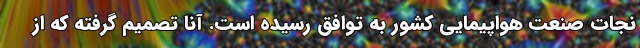
نجات صنعت هواپیمایی کشور به توافق رسیده است. آنا تصمیم گرفته که از